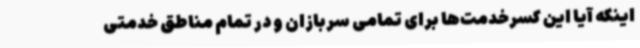
اینکه آیا این کسرخدمت‌ها برای تمامی سربازان و در تمام مناطق خدمتی